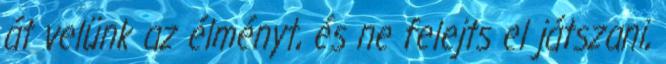
át velünk az élményt, és ne felejts el játszani,